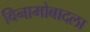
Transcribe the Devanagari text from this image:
विनामोबादला